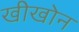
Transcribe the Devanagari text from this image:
खीखोन